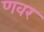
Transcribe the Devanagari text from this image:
णवर